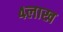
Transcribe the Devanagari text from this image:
४लाख